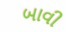
બાવી